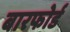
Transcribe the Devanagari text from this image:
बारफोर्ड